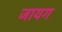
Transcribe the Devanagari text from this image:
जायग